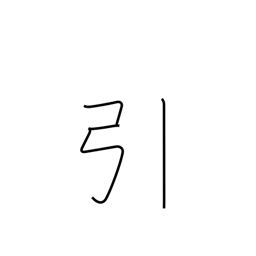
Meaning: pull